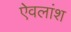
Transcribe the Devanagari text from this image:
ऐवलांश